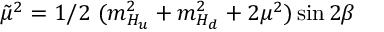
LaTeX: \tilde { \mu } ^ { 2 } = 1 / 2 \ ( m _ { H _ { u } } ^ { 2 } + m _ { H _ { d } } ^ { 2 } + 2 \mu ^ { 2 } ) \sin 2 \beta